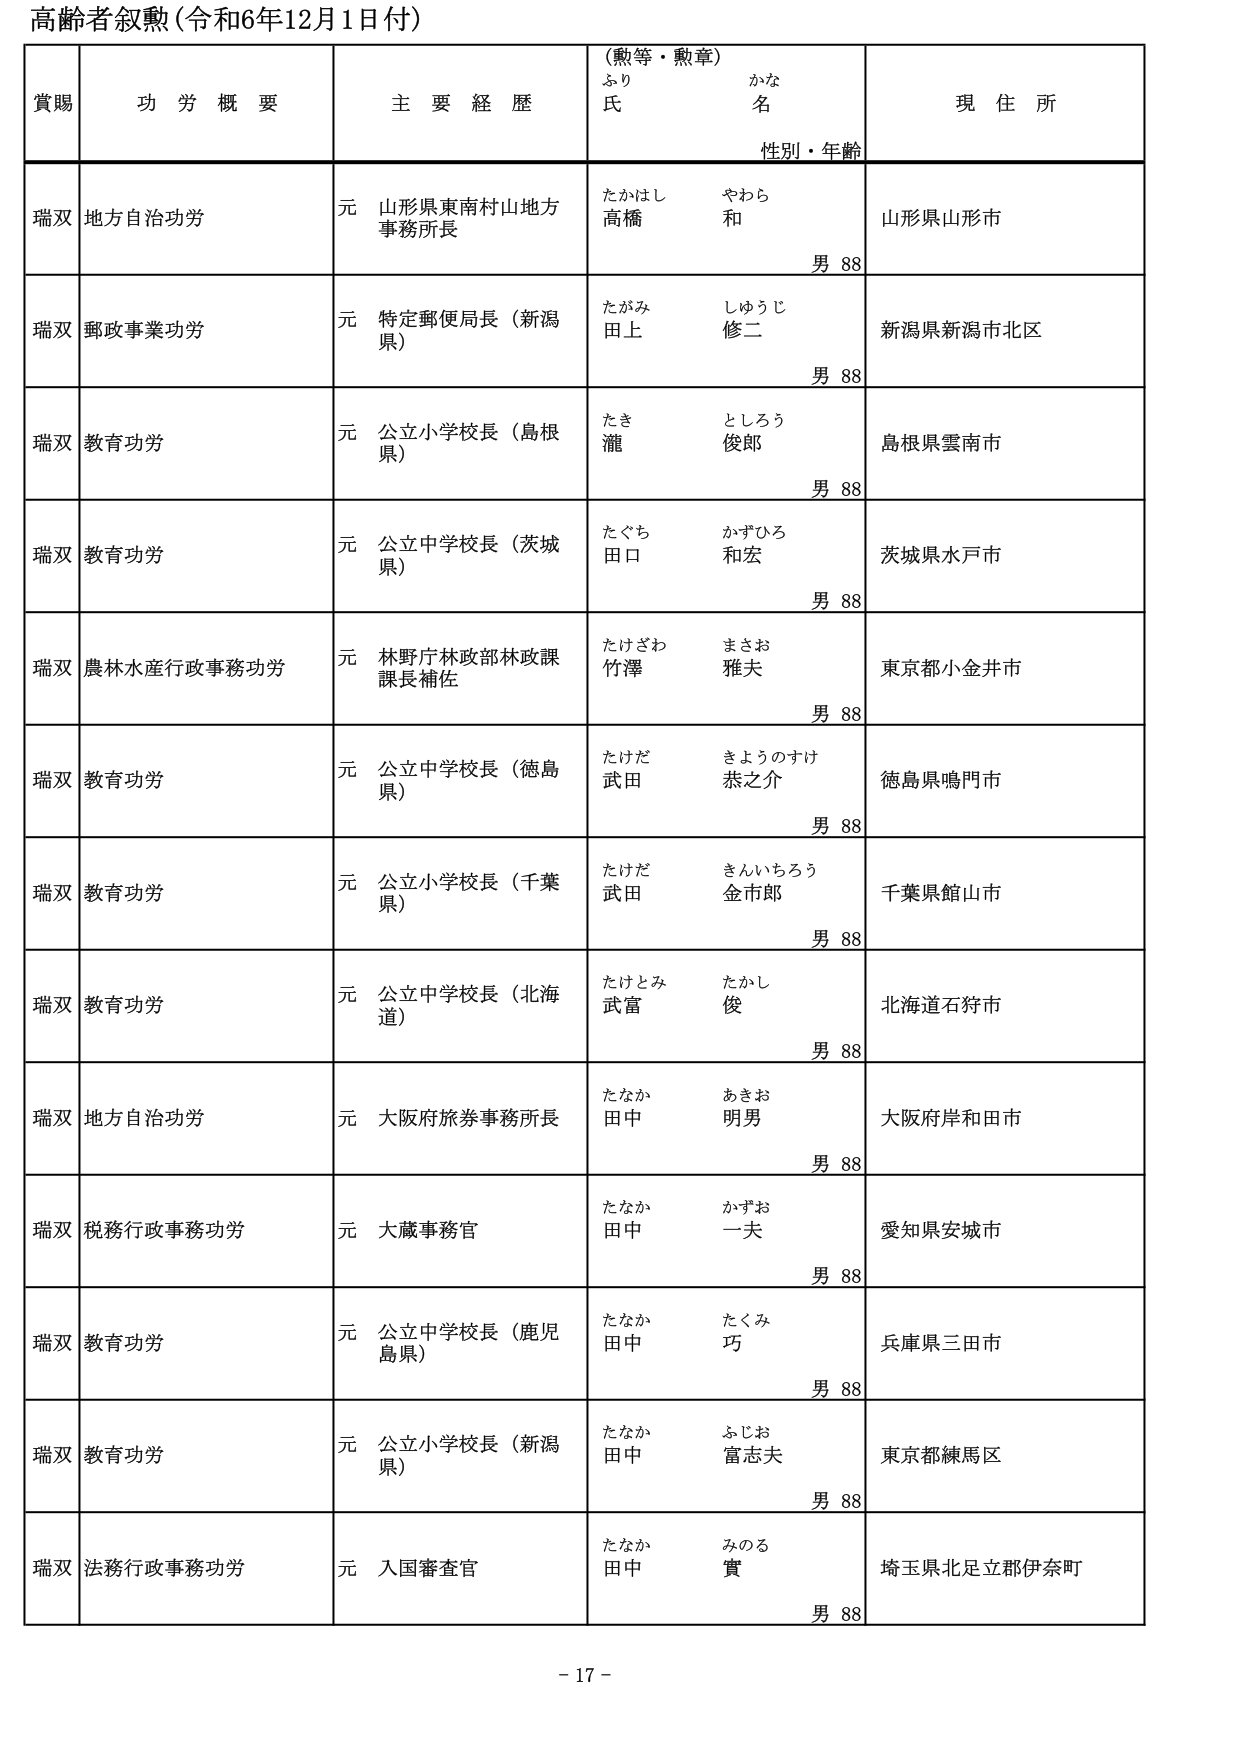
高齢者叙勲（令和6年12月1日付）

賞賜　　功労概要　　主要経歴　　（勲等・勲章）　　現住所
　　　　　　　　　　　　　　ふり　　かな
　　　　　　　　　　　　　　氏　　名
　　　　　　　　　　　　　　性別・年齢

瑞双　地方自治功労　　元 山形県東南村山地方　　たかはし　やわら　　山形県山形市
　　　　　　　　　　　　事務所長　　　　　　　　高橋　　和　　　　　　男 88

瑞双　郵政事業功労　　元 特定郵便局長（新潟　　たがみ　しゅうじ　　新潟県新潟市北区
　　　　　　　　　　　　県）　　　　　　　　　　田上　　修二　　　　　男 88

瑞双　教育功労　　元 公立小学校長（島根　　たき　　としろう　　島根県雲南市
　　　　　　　　　　県）　　　　　　　　　　瀧　　俊郎　　　　　　男 88

瑞双　教育功労　　元 公立中学校長（茨城　　たぐち　かずひろ　　茨城県水戸市
　　　　　　　　　　県）　　　　　　　　　　田口　　和宏　　　　　男 88

瑞双　農林水産行政事務功労　　元 林野庁林政部林政課　　たけざわ　まさお　　東京都小金井市
　　　　　　　　　　　　　　課長補佐　　　　　　　　竹澤　　雅夫　　　　　男 88

瑞双　教育功労　　元 公立中学校長（徳島　　たけだ　きようのすけ　　徳島県鳴門市
　　　　　　　　　　県）　　　　　　　　　　武田　　恭之介　　　　男 88

瑞双　教育功労　　元 公立小学校長（千葉　　たけだ　きんいちろう　　千葉県館山市
　　　　　　　　　　県）　　　　　　　　　　武田　　金市郎　　　　男 88

瑞双　教育功労　　元 公立中学校長（北海　　たけとみ　たかし　　北海道石狩市
　　　　　　　　　　道）　　　　　　　　　　武富　　俊　　　　　　男 88

瑞双　地方自治功労　　元 大阪府旅券事務所長　　たなか　あきお　　大阪府岸和田市
　　　　　　　　　　　　　　　　　　　　　　田中　　明男　　　　　男 88

瑞双　税務行政事務功労　　元 大蔵事務官　　たなか　かずお　　愛知県安城市
　　　　　　　　　　　　　　　　　　　　　　田中　　一夫　　　　　男 88

瑞双　教育功労　　元 公立中学校長（鹿児　　たなか　たくみ　　兵庫県三田市
　　　　　　　　　　島県）　　　　　　　　　　田中　　巧　　　　　　男 88

瑞双　教育功労　　元 公立小学校長（新潟　　たなか　ふじお　　東京都練馬区
　　　　　　　　　　県）　　　　　　　　　　田中　　富志夫　　　　男 88

瑞双　法務行政事務功労　　元 入国審査官　　たなか　みのる　　埼玉県北足立郡伊奈町
　　　　　　　　　　　　　　　　　　　　　　田中　　實　　　　　　男 88

- 17 -